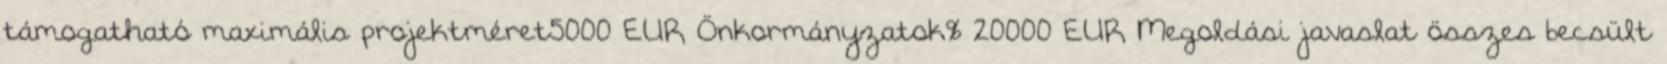
támogatható maximális projektméret5000 EUR▪Önkormányzatok% 20000 EUR▪Megoldási javaslat összes becsült